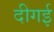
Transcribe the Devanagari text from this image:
दीगई